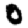
Digit: 0